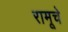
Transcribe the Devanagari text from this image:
रामूचे